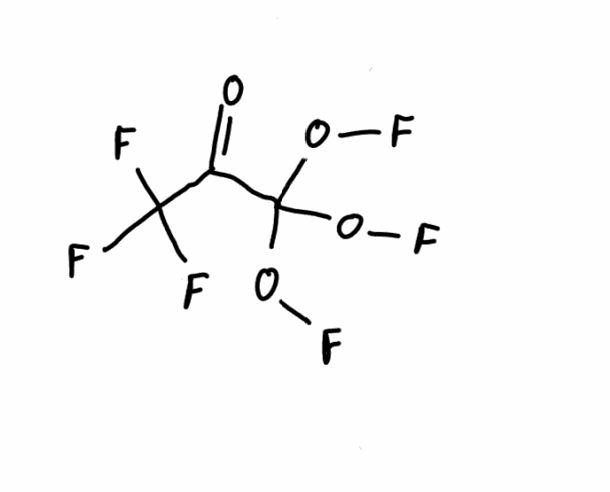
Simplified molecular-input line-entry system (SMILES) notation of the given molecule:
C(=O)(C(OF)(OF)OF)C(F)(F)F